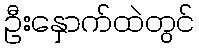
ဦးနှောက်ထဲတွင်